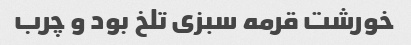
خورشت قرمه سبزی تلخ بود و چرب